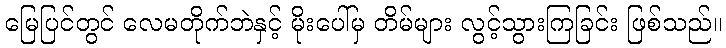
မြေပြင်တွင် လေမတိုက်ဘဲနှင့် မိုးပေါ်မှ တိမ်များ လွင့်သွားကြခြင်း ဖြစ်သည်။